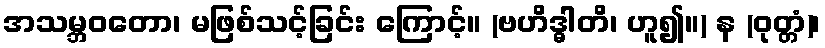
အသမ္ဘဝတော၊ မဖြစ်သင့်ခြင်း ကြောင့်။ (ဗဟိဒ္ဓါတိ၊ ဟူ၍။) န (ဝုတ္တံ)၊